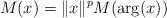
LaTeX: \begin{align*}M(x) = \|x\|^p M(\arg(x))\end{align*}